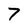
Character: 7